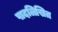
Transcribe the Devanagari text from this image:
पादलिखित